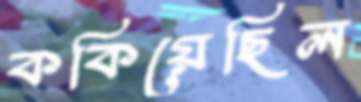
ককিয়েছিল